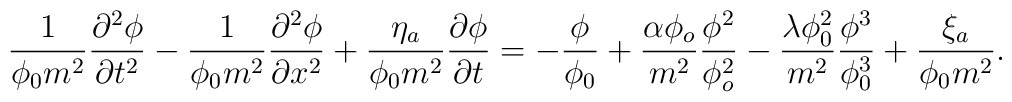
\frac{1}{\phi_0 m^2}\frac{\partial^2\phi}{\partial t^2}-\frac{1}{\phi_0 m^2}\frac{\partial^2\phi}{\partial x^2}+\frac{\eta_a}{\phi_0 m^2}\frac{\partial\phi}{\partial t}=-\frac{\phi}{\phi_0}+\frac{\alpha\phi_o}{m^2}\frac{\phi^2}{\phi_o^2}-\frac{\lambda\phi_0^2}{m^2}\frac{\phi^3}{\phi_0^3}+\frac{\xi_a}{\phi_0 m^2}.